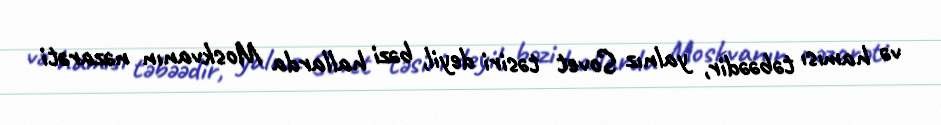
və hamısı təbəədir, yalnız Sovet təsiri deyil, bəzi hallarda Moskvanın nəzarəti